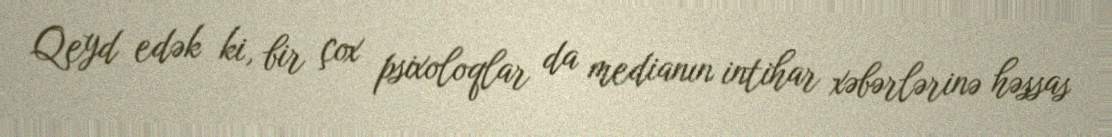
Qeyd edək ki, bir çox psixoloqlar da medianın intihar xəbərlərinə həssas